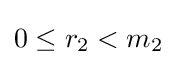
0\leq r_{2}<m_{2}